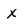
Character: x